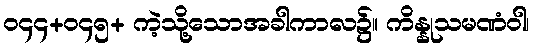
၀၄၄+၀၄၅+ ကဲ့သို့သောအခါကာလ၌။ ကိန္နုသမဏံဝါ၊